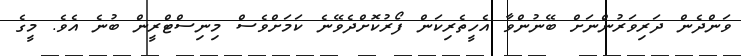
ވަންދެން ދަރިވަރުންނަށް ބޭނުންވާ އެހީތެރިކަން ފޯރުކޮށްދެވޭނެ ކަމަށްވެސް މިނިސްޓްރީން ބުނެ އެވެ. މީގެ